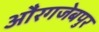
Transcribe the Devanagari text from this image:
औंरगजेबपुर